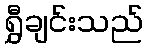
ရွှီချင်းသည်